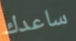
ساعدك